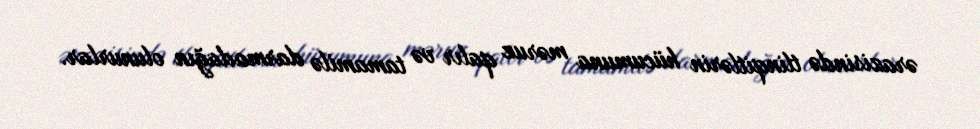
ərazisində tlinqitlərin hücumuna məruz qalır və tamamilə darmadağın olunurlar.